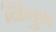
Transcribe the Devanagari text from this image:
र्निगुण